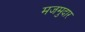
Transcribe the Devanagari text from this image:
मजमुदार